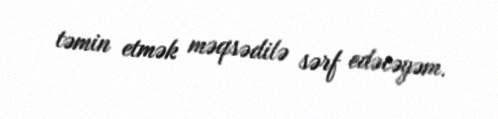
təmin etmək məqsədilə sərf edəcəyəm.